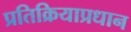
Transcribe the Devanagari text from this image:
प्रतिक्रियाप्रधान